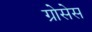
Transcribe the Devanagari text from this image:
ग्रोसेस